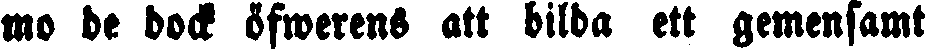
mo de dock öfwerens att bilda ett gemensamt